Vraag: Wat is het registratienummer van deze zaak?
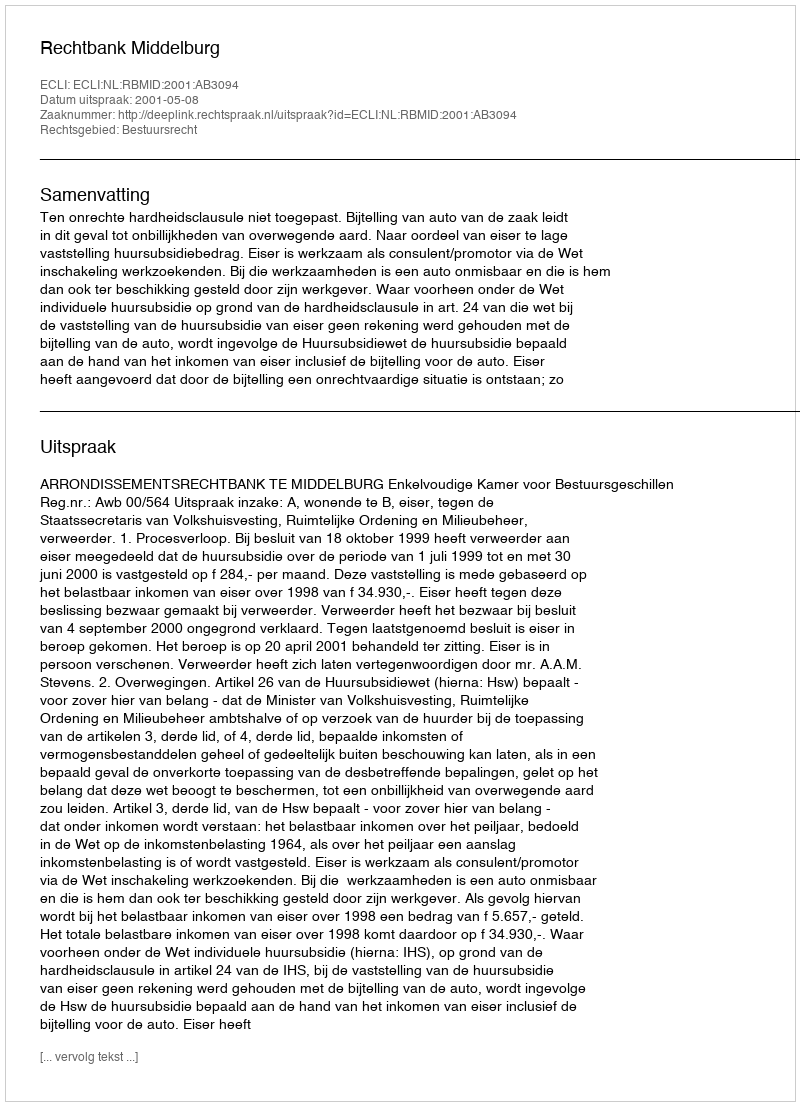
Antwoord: http://deeplink.rechtspraak.nl/uitspraak?id=ECLI:NL:RBMID:2001:AB3094